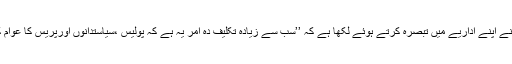
جریدے’’دی لندن ایوننگ سٹینڈرڈ‘‘نے اپنے اپنے اداریے میں تبصرہ کرتے ہوئے لکھا ہے کہ ’’سب سے زیادہ تکلیف دہ امر یہ ہے کہ پولیس ،سیاستدانوں اورپریس کا عوام کی نظروں میں امیج سخت متاثر ہواہے ۔